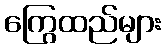
ကြွေထည်များ